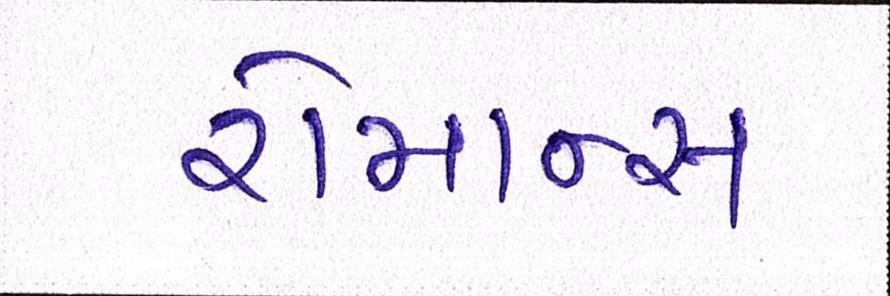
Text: રોમાન્સ